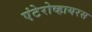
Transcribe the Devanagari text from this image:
एंटेरोव्हायरस